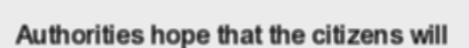
Authorities hope that the citizens will